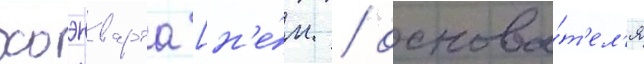
хоэнварта [н'е́м. / основа́т'ел'я